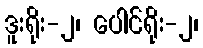
ဒူးရိုး-၂၊ ပေါင်ရိုး-၂၊